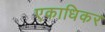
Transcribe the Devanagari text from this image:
एकाधिकर